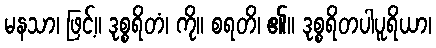
မနသာ၊ ဖြင့်။ ဒုစ္စရိတံ၊ ကို။ စရတိ၊ ၏။ ဒုစ္စရိတပါပူရိယာ၊